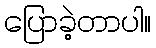
ပြောခဲ့တာပါ။